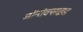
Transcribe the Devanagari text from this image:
मॉनॉक्साइड